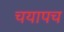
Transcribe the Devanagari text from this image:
चयापच